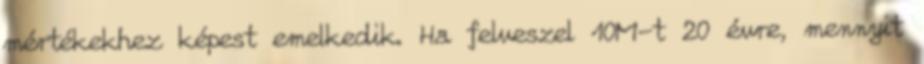
mértékekhez képest emelkedik. Ha felveszel 10M-t 20 évre, mennyit